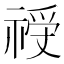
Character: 𱵝